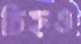
চিহ্নও